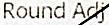
ROUND ADJ